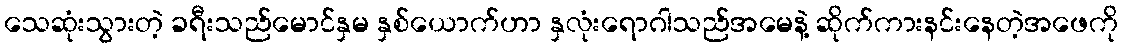
သေဆုံးသွားတဲ့ ခရီးသည်မောင်နှမ နှစ်ယောက်ဟာ နှလုံးရောဂါသည်အမေနဲ့ ဆိုက်ကားနင်းနေတဲ့အဖေကို